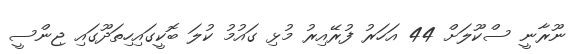
ނޫރާނީ ސްކޫލަށް 44 އަހަރު ފުރޭއިރު މުޅި ގައުމު ކުލަ ބޮކީގައިހިތަދޫގައި ޖިންސީ